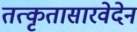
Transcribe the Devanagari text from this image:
तत्कृतासारवेदेन